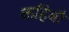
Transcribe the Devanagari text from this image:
कहिबौ